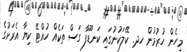
މިހެން ހުރުމުން ހދ. ކޭލަކުނުގައި ކަނޑޫފާ ގަސް ތަކެއް ހުއްޓޭ ކިޔާ އެރަށުގެ